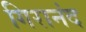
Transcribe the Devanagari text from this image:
गिरानंद